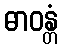
ဓာဝန္တံ